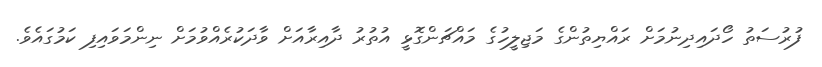
ފުރުސަތު ހޯދައިދިނުމަށް ރައްޔިތުންގެ މަޖިލީހުގެ މައްޗަންގޮޅީ އުތުރު ދާއިރާއަށް ވާދަކުރެއްވުމަށް ނިންމަވައިފި ކަމުގައެވެ.